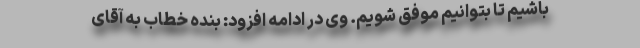
باشیم تا بتوانیم موفق شویم. وی در ادامه افزود: بنده خطاب به آقای